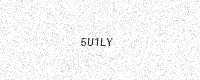
Text: 5U1LY